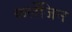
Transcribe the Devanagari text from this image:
कलेंजिन